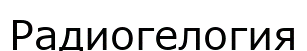
Радиогелогия